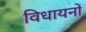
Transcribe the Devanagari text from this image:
विधायनों